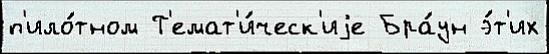
п'ило́тном Т'емат'и́ческ'иjе Бра́ун э́т'их